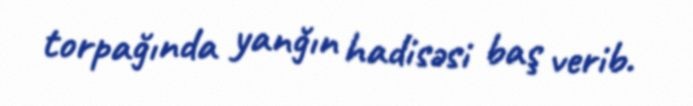
torpağında yanğın hadisəsi baş verib.